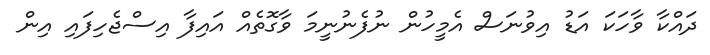
ދައްކާ ވާހަކަ އަޑު އިވުނަސް އެމީހުން ނުފެނުނީމަ ވާގޮތެއް އައިފާ އިސްޖެހިފައި އިން